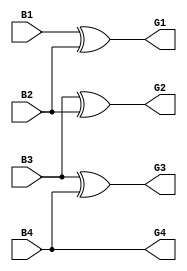
module b2g(
  input B1,B2,B3,B4,
  output G1,G2,G3,G4);
  xor(G1,B1,B2);
  xor(G2,B3,B2);
  xor(G3,B3,B4);
  buf(G4,B4);
endmodule